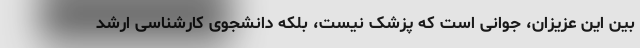
بین این عزیزان، جوانی است که پزشک نیست، بلکه دانشجوی کارشناسی ارشد